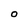
Character: O